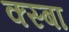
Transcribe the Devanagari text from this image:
क्स्बा